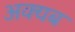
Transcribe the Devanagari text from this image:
अक्यब